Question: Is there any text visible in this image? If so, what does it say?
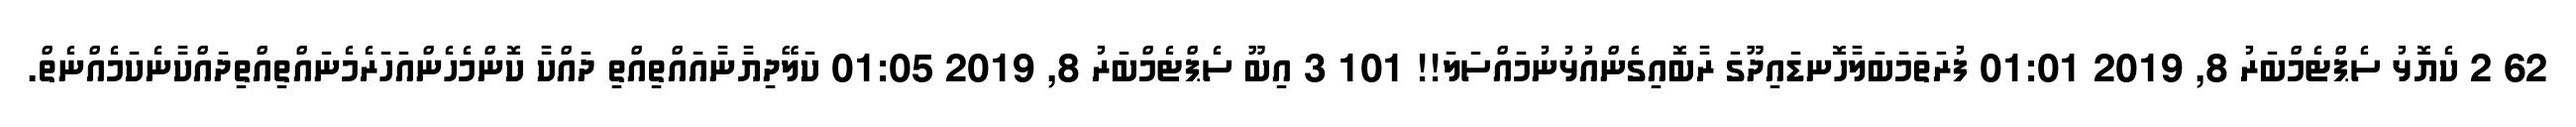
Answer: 62 2 ކެޔޮޅު ސެޕްޓެމްބަރު 8, 2019 01:01 ފުރަތަމަބަލާހޮނޑައިދޫގަ ރާބޮއިގެންއުޅުނުމައްސަލަ!! 101 3 އިބޫ ސެޕްޓެމްބަރު 8, 2019 01:05 ކަލޭދިޔާނާއައްތިއްތި ދައްކާ ކޮންމެހެންއަހަރެމެނައްތިއްތިދައްކާނެކަމެއްނެތް.